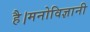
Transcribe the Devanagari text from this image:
है।मनोविज्ञानी